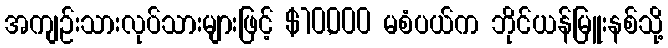
အကျဉ်းသားလုပ်သားများဖြင့် $10,000 မစံပယ်က ဘိုင်ယန်မြူးနစ်သို့